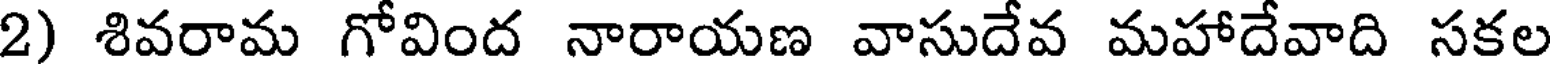
2) శివరామ గోవింద నారాయణ వాసుదేవ మహాదేవాది సకల